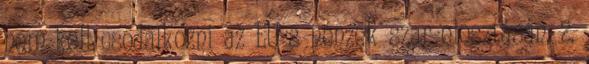
nem kell csodálkozni az EU-s pénzek szar elosztásán. 2.